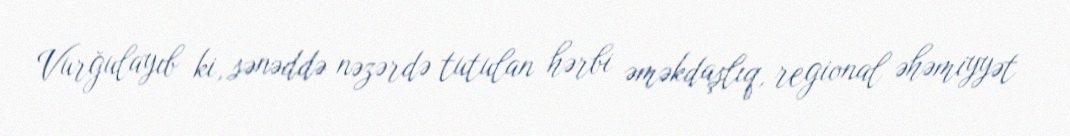
Vurğulayıb ki, sənəddə nəzərdə tutulan hərbi əməkdaşlıq, regional əhəmiyyət